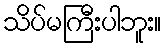
သိပ်မကြီးပါဘူး။